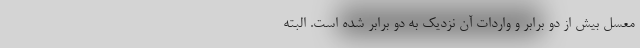
معسل بیش از دو برابر و واردات آن نزدیک به دو برابر شده است. البته